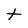
Character: t